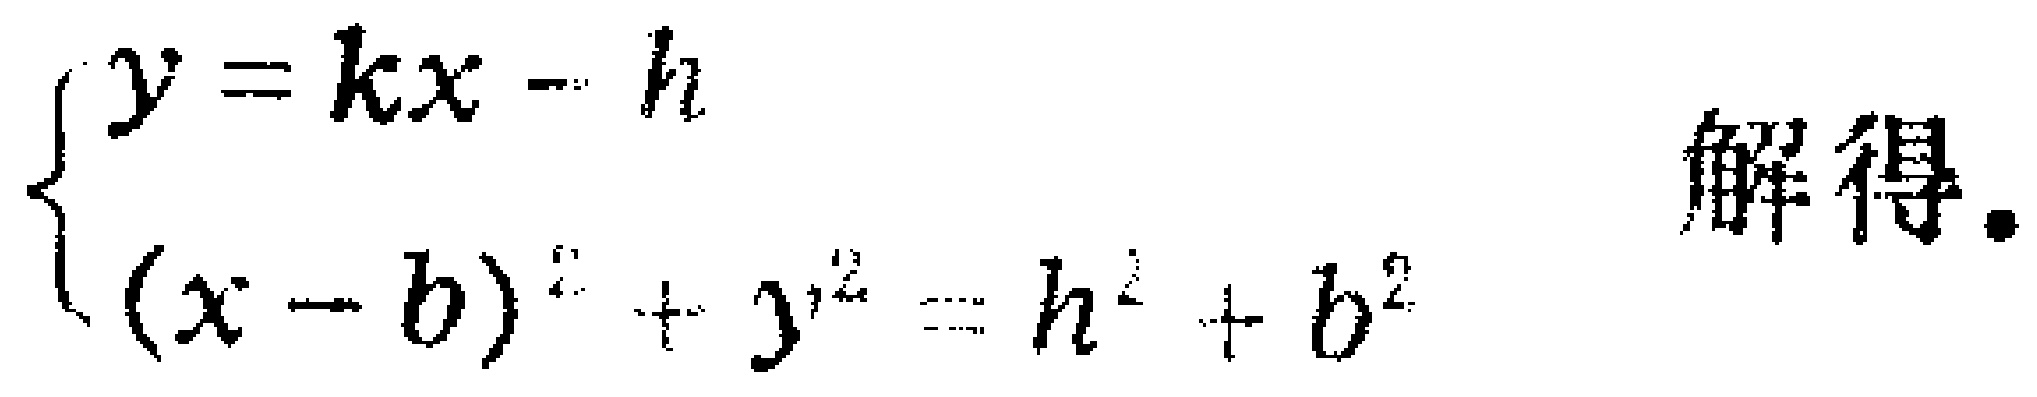
$\left\{\begin{array}{l}y = kx - h\\(x - b)^2 + y^2 = h^2 + b^2\end{array}\right.$ 解得.